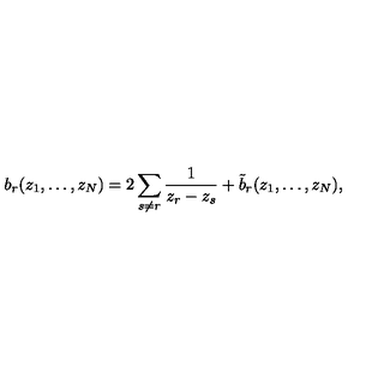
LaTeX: b _ { r } ( z _ { 1 } , \ldots , z _ { N } ) = 2 \sum _ { s \ne r } \frac { 1 } { z _ { r } - z _ { s } } + \tilde { b } _ { r } ( z _ { 1 } , \ldots , z _ { N } ) ,